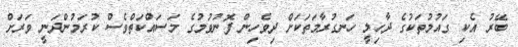
ބޭރު އެކި ގައުމުތަކުގެ ދާހިލީ ހަނގުރާމަތަކަށް ދިވެހިން ފޮނުވުމުގެ މަސައްކަތްވެސް ކުރަމުންދަނީ ވަރަށް